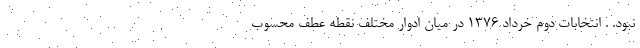
نبود. . انتخابات دوم خرداد ۱۳۷۶ در میان ادوار مختلف نقطه عطف محسوب